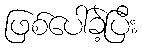
ဖြစ်ပေါ်ခဲ့ပြီး